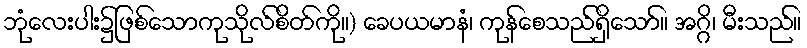
ဘုံလေးပါး၌ဖြစ်သောကုသိုလ်စိတ်ကို။) ခေပယမာနံ၊ ကုန်စေသည်ရှိသော်။ အဂ္ဂိ၊ မီးသည်။